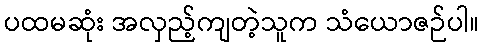
ပထမဆုံး အလှည့်ကျတဲ့သူက သံယောဇဉ်ပါ။